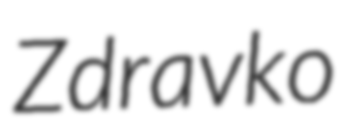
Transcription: Zdravko